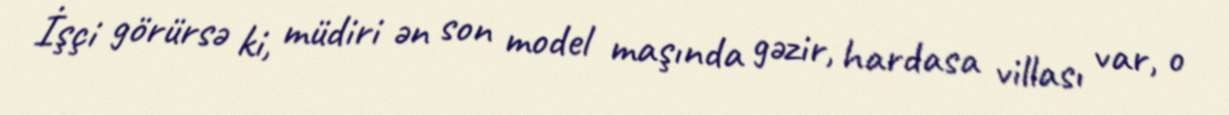
İşçi görürsə ki, müdiri ən son model maşında gəzir, hardasa villası var, o